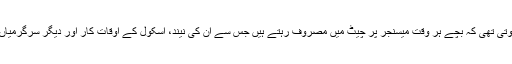
کمپنی نے اپنی بلاگ پوسٹ میں بتایا کہ والدین کی طرف سے اکثر یہی شکایت موصول ہوتی تھی کہ بچے ہر وقت میسنجر پر چیٹ میں مصروف رہتے ہیں جس سے ان کی نیند، اسکول کے اوقات کار اور دیگر سرگرمیاں متاثر ہوتی ہیں جس کے بعد فیس بک کمپنی نے ان شکایات کو دور کرنے کا فیصلہ کیا۔